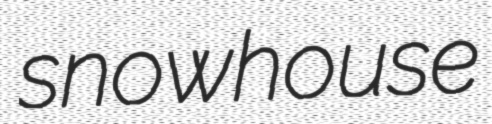
snowhouse